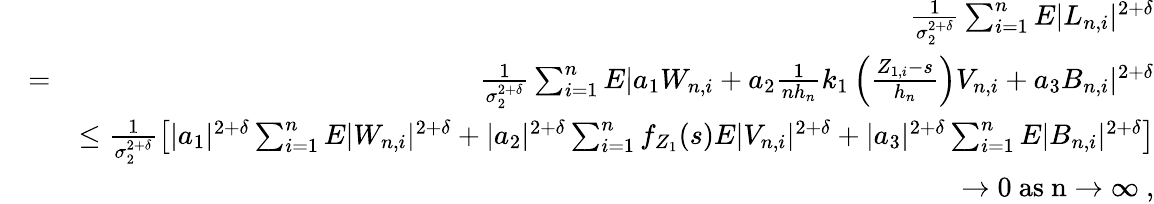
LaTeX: \begin{array}{rlr}&{}&{\frac{1}{\sigma_{2}^{2+\delta}}\sum_{i=1}^{n}E|L_{n,i}|^{2+\delta}}\\ &{=}&{\frac{1}{\sigma_{2}^{2+\delta}}\sum_{i=1}^{n}E|a_{1}W_{n,i}+a_{2}\frac{1}{nh_{n}}k_{1}\left(\frac{Z_{1,i}-s}{h_{n}}\right)V_{n,i}+a_{3}B_{n,i}|^{2+\delta}}\\ &{}&{\leq\frac{1}{\sigma_{2}^{2+\delta}}\left[|a_{1}|^{2+\delta}\sum_{i=1}^{n}E|W_{n,i}|^{2+\delta}+|a_{2}|^{2+\delta}\sum_{i=1}^{n}f_{Z_{1}}(s)E|V_{n,i}|^{2+\delta}+|a_{3}|^{2+\delta}\sum_{i=1}^{n}E|B_{n,i}|^{2+\delta}\right]}\\ &{}&{\rightarrow 0~\mathrm{as~n\rightarrow\infty~},}\end{array}